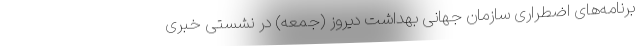
برنامه‌های اضطراری سازمان جهانی بهداشت دیروز (جمعه) در نشستی خبری